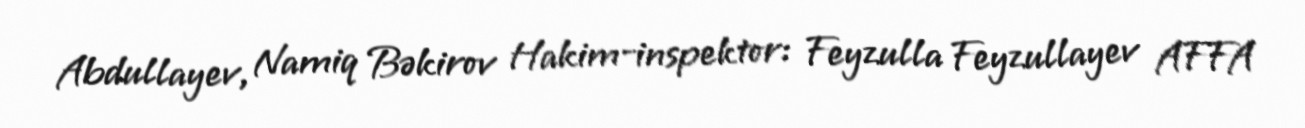
Abdullayev, Namiq Bəkirov Hakim-inspektor: Feyzulla Feyzullayev AFFA